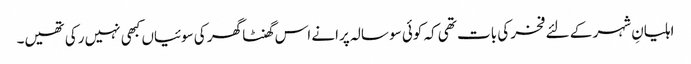
اہلیانِ شہر کے لئے فخر کی بات تھی کہ کوئی سو سالہ پرانے اس گھنٹا گھر کی سوئیاں کبھی نہیں رکی تھیں۔